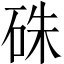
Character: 硃